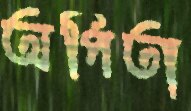
অর্পিতা